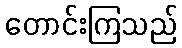
တောင်းကြသည်